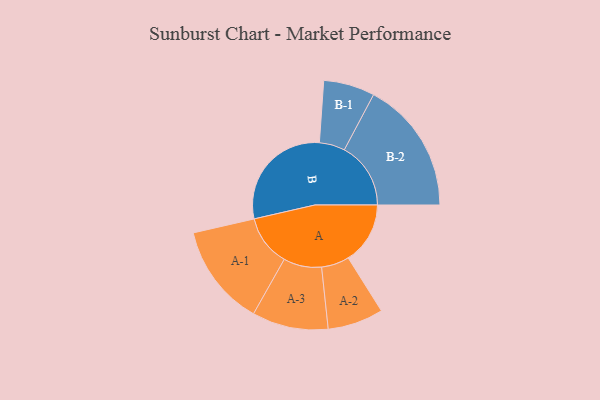
{"axis": {"x": "Segment", "y": "Value"}, "legend": ["", "A", "B"], "data": [{"x": "A", "y": 249, "type": ""}, {"x": "B", "y": 460, "type": ""}, {"x": "A-1", "y": 205, "type": "A"}, {"x": "A-2", "y": 112, "type": "A"}, {"x": "A-3", "y": 153, "type": "A"}, {"x": "B-1", "y": 103, "type": "B"}, {"x": "B-2", "y": 267, "type": "B"}]}